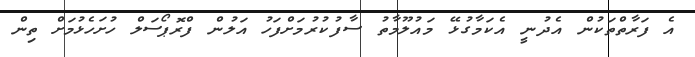
އެ ފަރާތްތަކުން އެދުނީ އެކަމާގުޅޭ މައުލޫމާތު ސާފުކުރުމަށްފަހު އަލުން ފްރޮޕޯސަލް ހުށަހެޅުމަށް ތިން